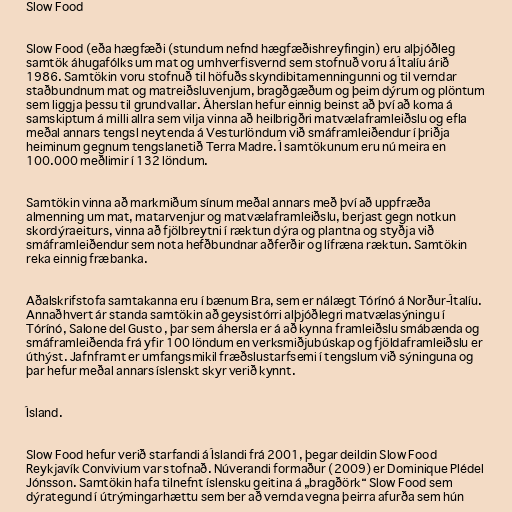
Slow Food

Slow Food (eða hægfæði (stundum nefnd hægfæðishreyfingin) eru alþjóðleg
samtök áhugafólks um mat og umhverfisvernd sem stofnuð voru á Ítalíu árið
1986. Samtökin voru stofnuð til höfuðs skyndibitamenningunni og til verndar
staðbundnum mat og matreiðsluvenjum, bragðgæðum og þeim dýrum og plöntum
sem liggja þessu til grundvallar. Áherslan hefur einnig beinst að því að koma á
samskiptum á milli allra sem vilja vinna að heilbrigðri matvælaframleiðslu og efla
meðal annars tengsl neytenda á Vesturlöndum við smáframleiðendur í þriðja
heiminum gegnum tengslanetið Terra Madre. Í samtökunum eru nú meira en
100.000 meðlimir í 132 löndum.

Samtökin vinna að markmiðum sínum meðal annars með því að uppfræða
almenning um mat, matarvenjur og matvælaframleiðslu, berjast gegn notkun
skordýraeiturs, vinna að fjölbreytni í ræktun dýra og plantna og styðja við
smáframleiðendur sem nota hefðbundnar aðferðir og lífræna ræktun. Samtökin
reka einnig fræbanka.

Aðalskrifstofa samtakanna eru í bænum Bra, sem er nálægt Tórínó á Norður-Ítalíu.
Annaðhvert ár standa samtökin að geysistórri alþjóðlegri matvælasýningu í
Tórínó, Salone del Gusto , þar sem áhersla er á að kynna framleiðslu smábænda og
smáframleiðenda frá yfir 100 löndum en verksmiðjubúskap og fjöldaframleiðslu er
úthýst. Jafnframt er umfangsmikil fræðslustarfsemi í tengslum við sýninguna og
þar hefur meðal annars íslenskt skyr verið kynnt.

Ísland.

Slow Food hefur verið starfandi á Íslandi frá 2001, þegar deildin Slow Food
Reykjavík Convivium var stofnað. Núverandi formaður (2009) er Dominique Plédel
Jónsson. Samtökin hafa tilnefnt íslensku geitina á „bragðörk“ Slow Food sem
dýrategund í útrýmingarhættu sem ber að vernda vegna þeirra afurða sem hún